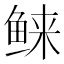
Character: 𱇭